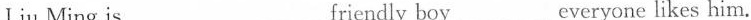
Liu Ming is ___ ___ friendly boy ___ everyone likes him.